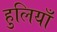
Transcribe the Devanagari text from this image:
हुलियाँ